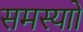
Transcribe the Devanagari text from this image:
समस्याो